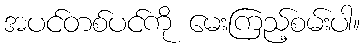
အပင်တစ်ပင်ကို မေးကြည့်စမ်းပါ။